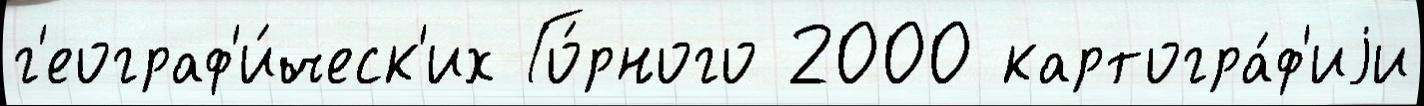
г'еограф'и́ческ'их Го́рного 2000 картогра́ф'иjи